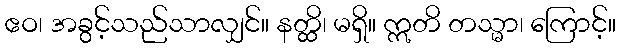
ဧဝ၊ အခွင့်သည်သာလျှင်။ နတ္ထိ၊ မရှိ။ ဣတိ တသ္မာ၊ ကြောင့်။